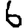
Digit: 6